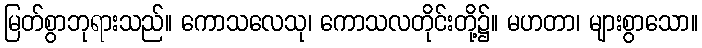
မြတ်စွာဘုရားသည်။ ကောသလေသု၊ ကောသလတိုင်းတို့၌။ မဟတာ၊ များစွာသော။